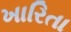
ખારિતા